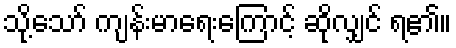
သို့သော် ကျန်းမာရေးကြောင့် ဆိုလျှင် ရ၏။